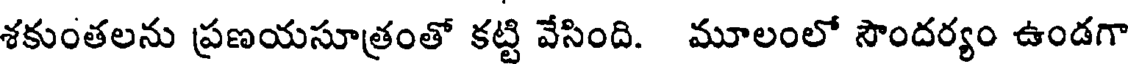
శకుంతలను ప్రణయసూత్రంతో కట్టి వేసింది. మూలంలో సౌందర్యం ఉండగా